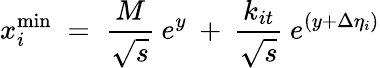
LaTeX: x_{i}^{\mathrm{min}}\; =\; \frac{M}{\sqrt{s}}\: e^{y}\: +\: \frac{k_{it}}{\sqrt{s}}\: e^{(y+\Delta\eta_{i})}